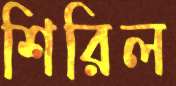
শিরিল